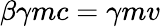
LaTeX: \beta\gamma mc=\gamma mv